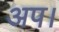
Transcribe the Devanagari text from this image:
अप।